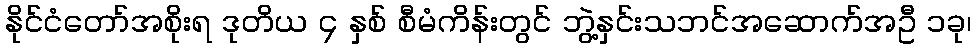
နိုင်ငံတော်အစိုးရ ဒုတိယ ၄ နှစ် စီမံကိန်းတွင် ဘွဲ့နှင်းသဘင်အဆောက်အဦ ၁ခု၊